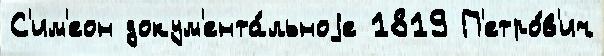
С'им'еон докум'ента́льноjе 1819 П'етро́в'ич